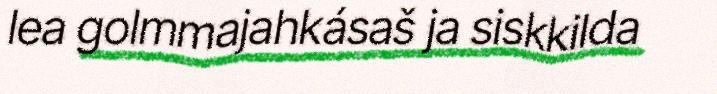
lea golmmajahkásaš ja siskkilda